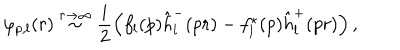
LaTeX: \varphi _ { p , l } ( r ) \stackrel { r \rightarrow \infty } { \sim } \frac i 2 \left( f _ { l } ( p ) \hat { h } _ { l } ^ { - } ( p r ) - f _ { l } ^ { \star } ( p ) \hat { h } _ { l } ^ { + } ( p r ) \right) ,